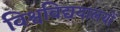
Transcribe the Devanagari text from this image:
विश्वविद्ययालयों